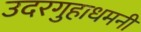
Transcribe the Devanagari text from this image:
उदरगुहाधमनी